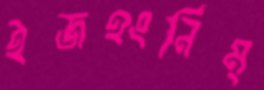
ইজহংনিম্